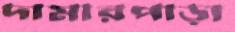
দামারপাড়া